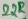
Text: 22R